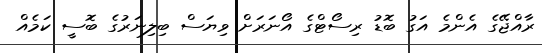
ރާއްޖޭގެ އެންމެ އަގު ބޮޑު ރިސޯޓްގެ އޯނަރަށް ވިޔަސް ބިލިނަރުގެ ބޮސީ ކަމެއް